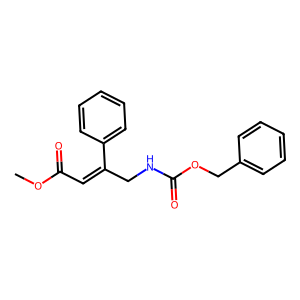
SMILES: COC(=O)C=C(CNC(=O)OCc1ccccc1)c1ccccc1
Inhibits HIV replication: No